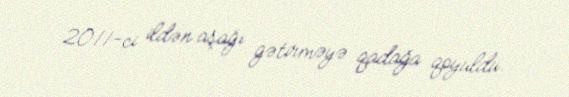
2011-ci ildən aşağı gətirməyə qadağa qoyuldu.